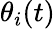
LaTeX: \theta_{i}(t)